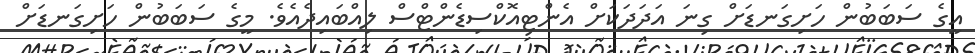
އީގެ ސަބަބުން ހަށިގަނޑަށް ގިނަ އަދަދަކަށް އެންޓިއޮކްސިޑެންޓްސް ލިއްބައިދެއެވެ. މީގެ ސަބަބުން ހަށިގަނޑަށް